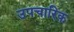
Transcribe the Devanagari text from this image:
उपचारिक